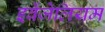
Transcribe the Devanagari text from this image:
इवेंजेलियम